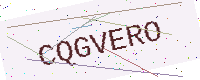
Text: CQGVERO